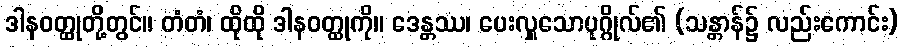
ဒါနဝတ္ထုတို့တွင်။ တံတံ၊ ထိုထို ဒါနဝတ္ထုကို။ ဒေန္တဿ၊ ပေးလှူသောပုဂ္ဂိုလ်၏ (သန္တာန်၌ လည်းကောင်း)